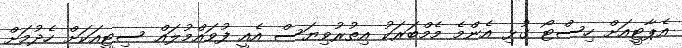
އެޕާޓީއަށް ހިސްޓޯ ގުޅި އެންމެ މެމްބަރަކު އިތުރުވިޔަސް އެއީ ފުވައްމުލައް ސިޓީއަކަށް ހެދުމަށް